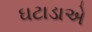
ઘટાડાએ